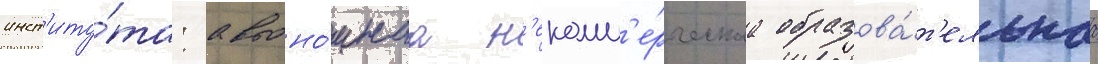
инст'иту́та: автоно́мнаа н'екомм'е́рческаа образова́т'ельнаа